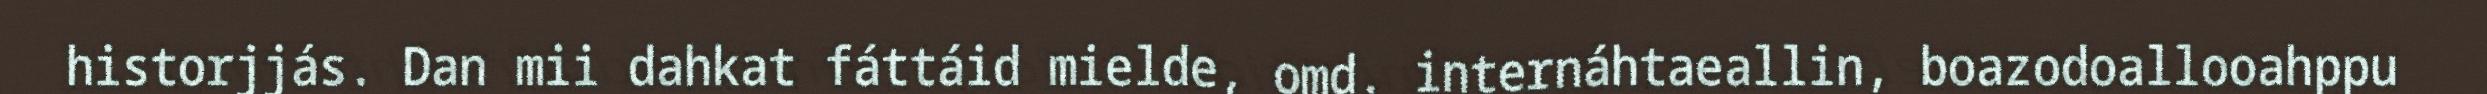
historjjás. Dan mii dahkat fáttáid mielde, omd. internáhtaeallin, boazodoallooahppu